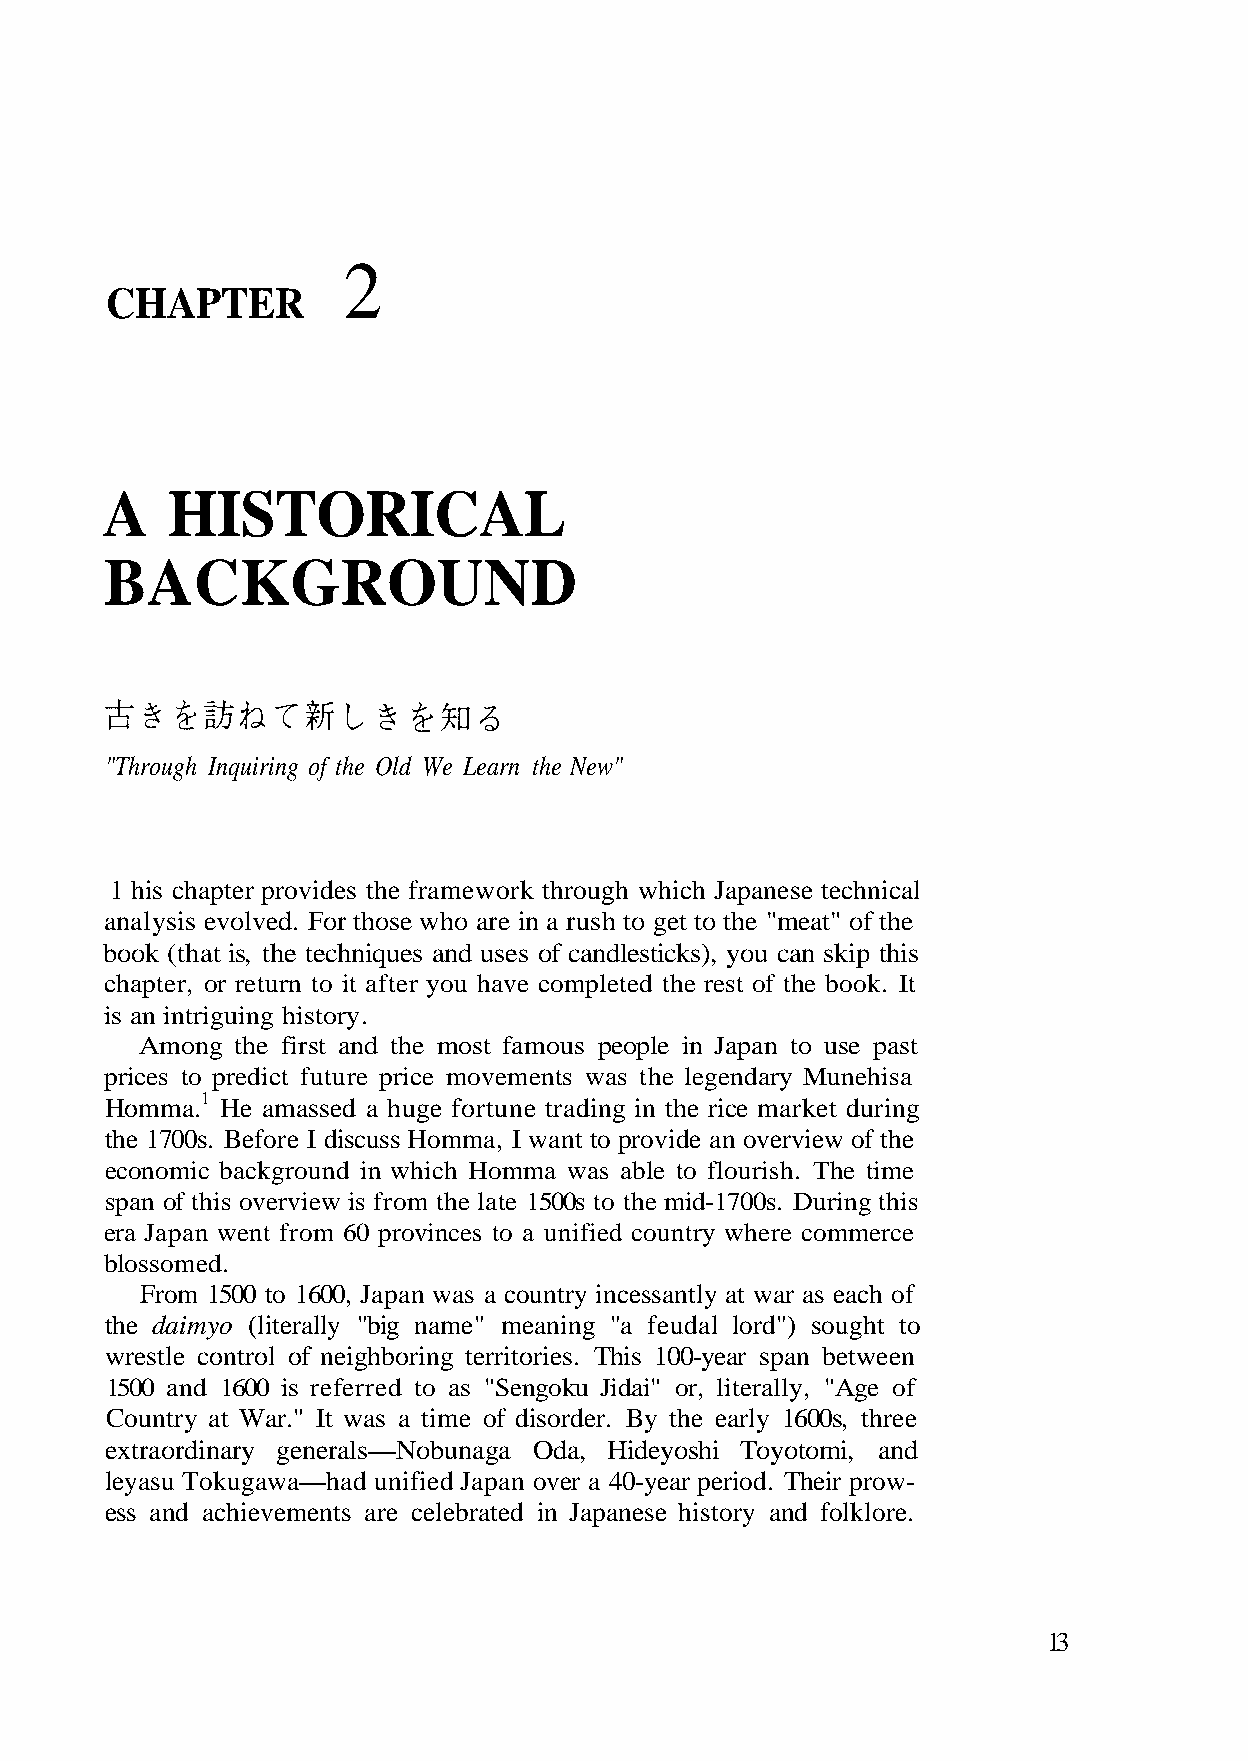
2
 CHAPTER
 A   HISTORICAL
 BACKGROUND
 1 his chapter provides the framework through which Japanese technical
 is an intriguing history.
 Homma.1 He amassed a huge fortune trading in the rice market during
 economic background in which Homma was able to flourish. The time
 blossomed.
 From 1500 to 1600, Japan was a country incessantly at war as each of
 the daimyo (literally "big name" meaning "a feudal lord") sought to
 wrestle control of neighboring territories. This 100-year span between
 Country at War." It was a time of disorder. By the early 1600s, three
 13
 - w o r p r i e h T
 a s
 .
 hi
 d
 e
 o
 n
 i
 u
 r e
 M
 p
 y
 r
 s
 r
 a
 thi
 da
 ye
 re.
 p
 n
 -o
 i
 e
 0kl
 New"
 you can sk
 s the leg
 uring this
 over a 4
 ry and fol
 e
 ,
 a
 D
 o
 th
 ks)
 w
 s.
 n
 ist
 d We Learn
 es of candlestic
 movements
 n overview of the
 0s to the mid-1700
 nified Japa
 d in Japanese h
 "Through Inquiring of the Ol
 analysis evolved. For those who are in a rush to get to the "meat" of the
 book (that is, the techniques and us
 chapter, or return to it after you have completed the rest of the book. It
 ng the first and the most famous people in Japan to use past
 prices to predict future price
 the 1700s. Before I discuss Homma, I want to provide a
 span of this overview is from the late 150
 era Japan went from 60 provinces to a unified country where commerce
 1500 and 1600 is referred to as "Sengoku Jidai" or, literally, "Age of
 extraordinary generals—Nobunaga Oda, Hideyoshi Toyotomi, and
 leyasu Tokugawa—had u
 ess and achievements are celebrate
 o m A